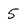
Character: 5